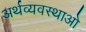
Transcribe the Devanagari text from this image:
अर्थव्यवस्थाओ